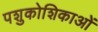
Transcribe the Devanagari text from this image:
पशुकोशिकाओं